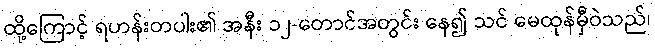
ထို့ကြောင့် ရဟန်းတပါး၏ အနီး ၁၂-တောင်အတွင်း နေ၍ သင် မေထုန်မှီဝဲသည်၊